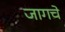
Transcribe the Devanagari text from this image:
जागचे